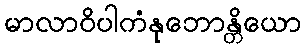
မာလာဝိပါကံနုဘောန္တိယော